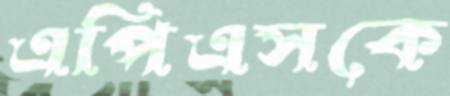
এপিএসকে